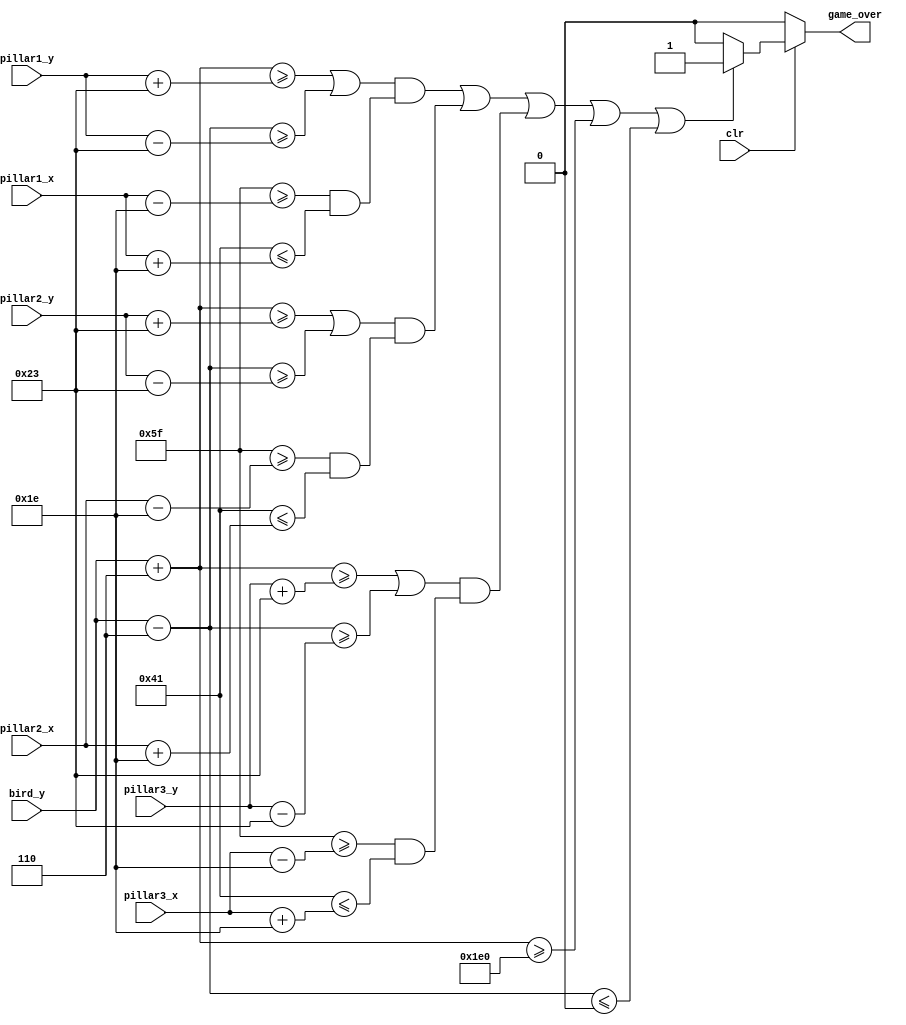
module Detect_Crash(
		input clr,
		input [9:0] bird_y,
		input [9:0] pillar1_x,
		input [9:0] pillar1_y,
		input [9:0] pillar2_x,
		input [9:0] pillar2_y,
		input [9:0] pillar3_x,
		input [9:0] pillar3_y,
		output game_over
		);
		
			wire crash;
			// Set the x position of the bird
			wire [9:0] bird_x;
			assign bird_x = 10'd80;
			//Detecting if the bird crash on the pillar or on the boundary or neither
			assign check_crash = (
						(((bird_y + 10'd6 >= pillar1_y + 10'd35) | (bird_y - 10'd6 >= pillar1_y - 10'd35)) &
							((bird_x + 10'd15 >= pillar1_x - 10'd30) & (bird_x - 10'd15 <= pillar1_x + 10'd30))) |
						(((bird_y + 10'd6 >= pillar2_y + 10'd35) | (bird_y - 10'd6 >= pillar2_y - 10'd35)) &
							((bird_x + 10'd15 >= pillar2_x - 10'd30) & (bird_x - 10'd15 <= pillar2_x + 10'd30))) |
						(((bird_y + 10'd6 >= pillar3_y + 10'd35) | (bird_y - 10'd6 >= pillar3_y - 10'd35)) &
							((bird_x + 10'd15 >= pillar3_x - 10'd30) & (bird_x - 10'd15 <= pillar3_x + 10'd30))) |
						(bird_y + 10'd6 >= 10'd480) | (bird_y - 10'd6 <= 10'd0)
						);
			
			//if the bird is crashed, then the game is end
			assign game_over =
						(!clr) ? 0:
						(check_crash) ? 1:
						0;
endmodule